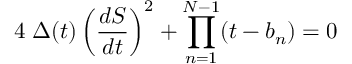
4 \; \Delta ( t ) \left( { \frac { d S } { d t } } \right) ^ { 2 } + \prod _ { n = 1 } ^ { N - 1 } ( t - b _ { n } ) = 0